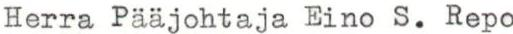
Herra Pääjohtaja Eino S. Repo